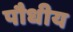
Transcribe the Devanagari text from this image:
पौधीय